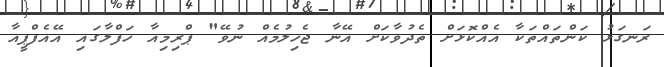
ރަނގަޅު ކަންތައްތަކާ އެއްކޮޅަށް ތެދުވާކަށް އޭނާ ޖެހިލުމެއް ނުވޭ" ޕްރިމިއާ ހަފްލާގައި އޭއެފްޕީއާ